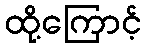
ထို့ကြောင့်